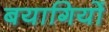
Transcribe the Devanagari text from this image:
बयागियों